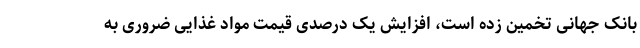
بانک جهانی تخمین زده است، افزایش یک درصدی قیمت مواد غذایی ضروری به